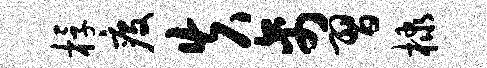
桴疫失禽习棣